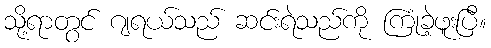
သို့ရာတွင် ဂျရယ်သည် ဆင်းရဲသည်ကို ကြုံခဲ့ဖူးပြီ။